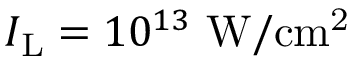
I _ { \mathrm { L } } = 1 0 ^ { 1 3 } ~ \mathrm { W / c m ^ { 2 } }